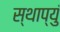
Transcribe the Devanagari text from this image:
स्थाप्युं